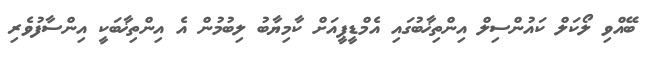
ބޭއްވި ލޯކަލް ކައުންސިލް އިންތިޚާބުގައި އެމްޑީޕީއަށް ކާމިޔާބު ލިބުމުން އެ އިންތިޚާބަކީ އިންސާފުވެރި